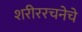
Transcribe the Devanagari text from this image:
शरीररचनेचे